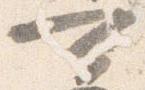
可